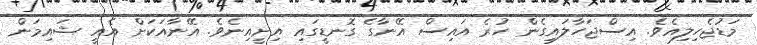
މަޑުޖެހިލިއެވެ. އިސްޖަހާލައިގެން ހުރެ އައިސް އޭނާގެ ގޮނޑީގައި އިށީއިނެވެ. އޭނާއަކަށް އެއީ ޝައިމަން